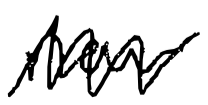
Text: now
Cross-out: zig-zag
Writing tool: digital_black